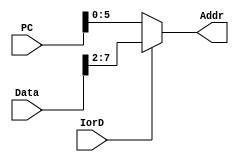
`timescale 1ns / 1ps

module PC_MUX(
    input IorD,
    input [31:0] PC,
    input [31:0] Data,
    output reg [5:0] Addr
);

always@(*) begin
    if (IorD)
        Addr = Data[7:0] >> 2;
    else
        Addr = PC[5:0];
end

endmodule